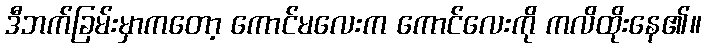
ဒီဘက်ခြမ်းမှာကတော့ ကောင်မလေးက ကောင်လေးကို ကလိထိုးနေ၏။